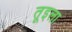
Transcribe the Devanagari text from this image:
तूइला